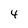
Character: 4